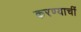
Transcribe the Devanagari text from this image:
करण्याचीं